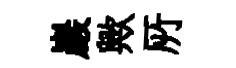
巖歟𠩄